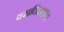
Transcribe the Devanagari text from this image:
वसतिग्रहात